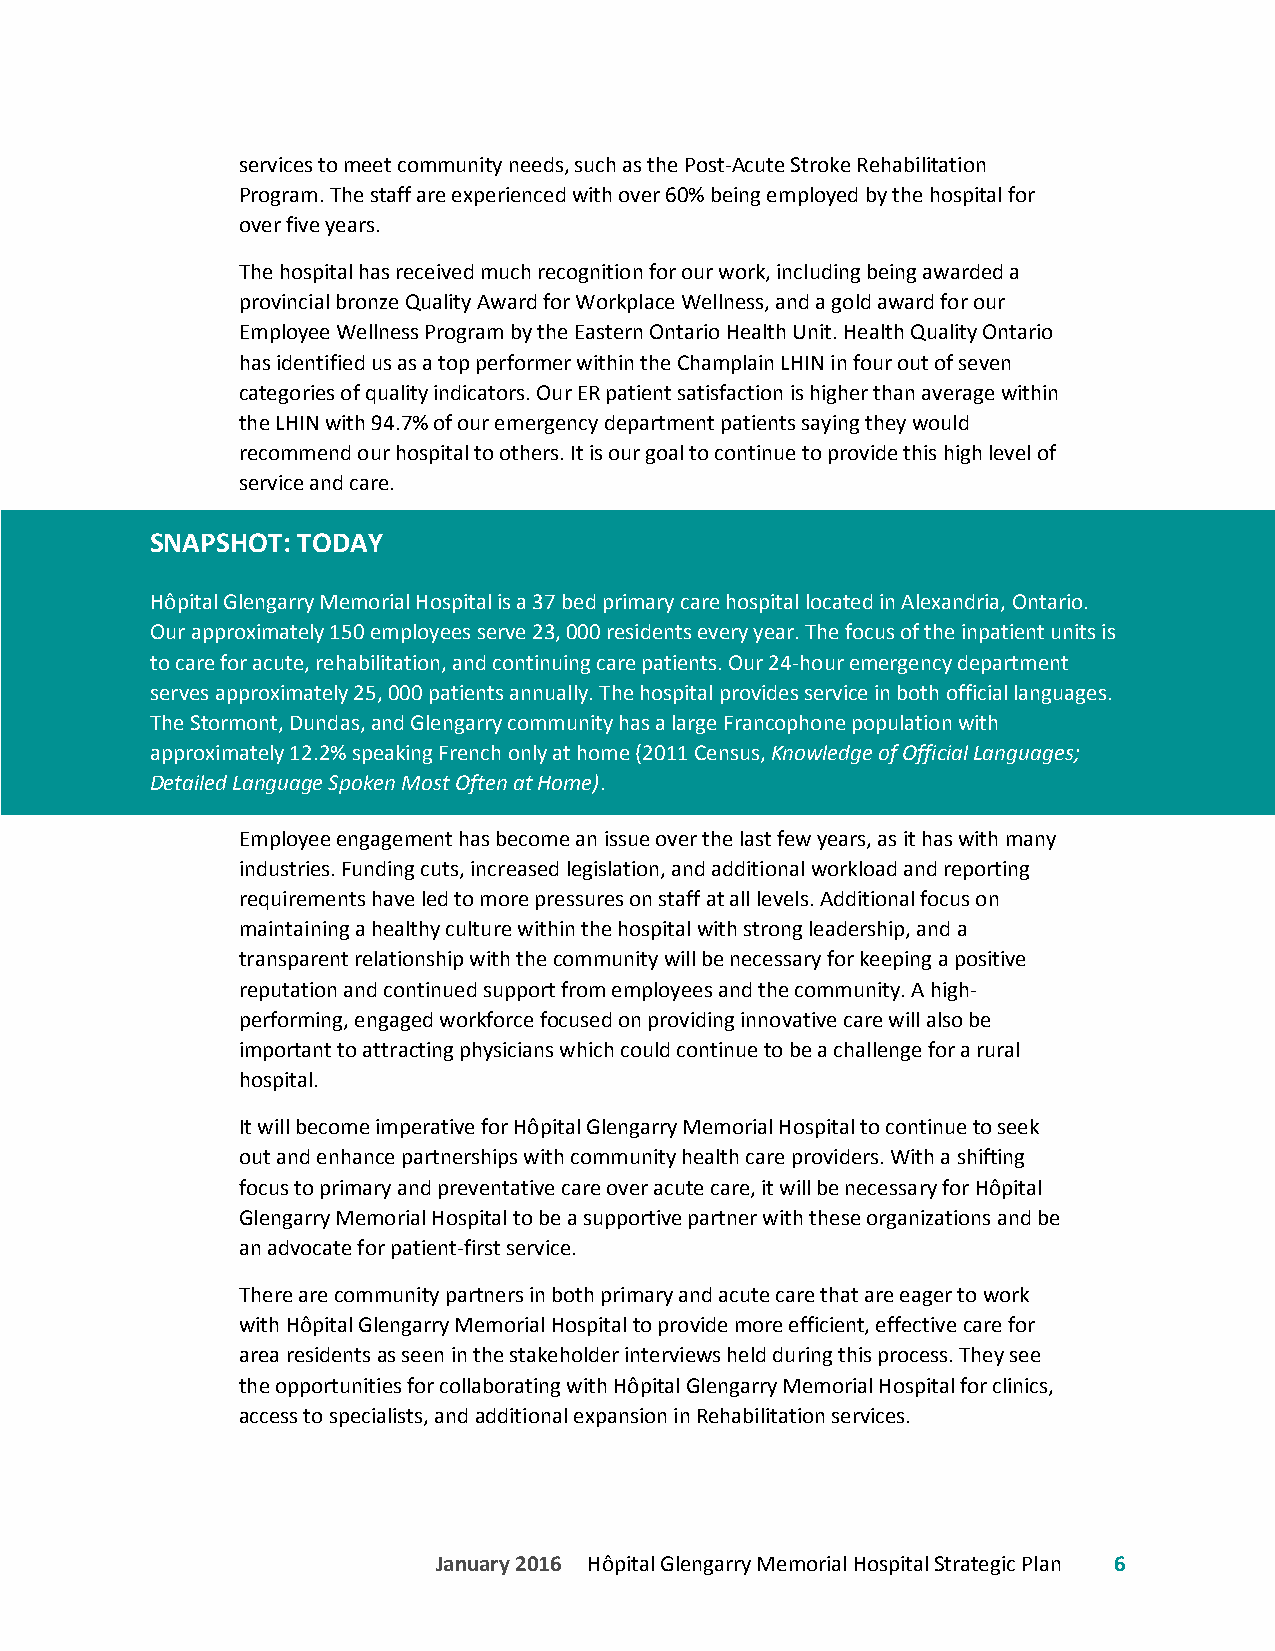
services to meet community needs, such as the Post-Acute Stroke Rehabilitation
 Program. The staff are experienced with over 60% being employed by the hospital for
 over five years.
 The hospital has received much recognition for our work, including being awarded a
 provincial bronze Quality Award for Workplace Wellness, and a gold award for our
 Employee Wellness Program by the Eastern Ontario Health Unit. Health Quality Ontario
 has identified us as a top performer within the Champlain LHIN in four out of seven
 categories of quality indicators. Our ER patient satisfaction is higher than average within
 the LHIN with 94.7% of our emergency department patients saying they would
 recommend our hospital to others. It is our goal to continue to provide this high level of
 service and care.
 SNAPSHOT: TODAY
 Hôpital Glengarry Memorial Hospital is a 37 bed primary care hospital located in Alexandria, Ontario.
 Our approximately 150 employees serve 23, 000 residents every year. The focus of the inpatient units is
 to care for acute, rehabilitation, and continuing care patients. Our 24-hour emergency department
 serves approximately 25, 000 patients annually. The hospital provides service in both official languages.
 The Stormont, Dundas, and Glengarry community has a large Francophone population with
 approximately 12.2% speaking French only at home (2011 Census, Knowledge of Official Languages;
 Detailed Language Spoken Most Often at Home).
 Employee engagement has become an issue over the last few years, as it has with many
 industries. Funding cuts, increased legislation, and additional workload and reporting
 requirements have led to more pressures on staff at all levels. Additional focus on
 maintaining a healthy culture within the hospital with strong leadership, and a
 transparent relationship with the community will be necessary for keeping a positive
 reputation and continued support from employees and the community. A high-
 performing, engaged workforce focused on providing innovative care will also be
 important to attracting physicians which could continue to be a challenge for a rural
 hospital.
 It will become imperative for Hôpital Glengarry Memorial Hospital to continue to seek
 out and enhance partnerships with community health care providers. With a shifting
 focus to primary and preventative care over acute care, it will be necessary for Hôpital
 Glengarry Memorial Hospital to be a supportive partner with these organizations and be
 an advocate for patient-first service.
 There are community partners in both primary and acute care that are eager to work
 with Hôpital Glengarry Memorial Hospital to provide more efficient, effective care for
 area residents as seen in the stakeholder interviews held during this process. They see
 the opportunities for collaborating with Hôpital Glengarry Memorial Hospital for clinics,
 access to specialists, and additional expansion in Rehabilitation services.
 January 2016 Hôpital Glengarry Memorial Hospital Strategic Plan 6